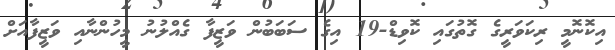
އިިކޮނޮމީ ރިކަވަރީގެ ގޮތުގައި ކޮވިޑް-19 އިގެ ސަބަބުން ވަޒީފާ ގެއްލުނު މީހުންނާއި ވަޒީފާއަށް